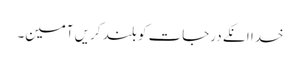
خدا انکے درجات کو بلند کریں آمین۔